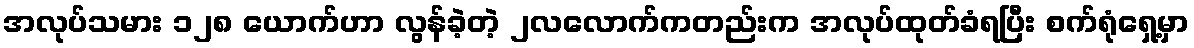
အလုပ်သမား ၁၂၈ ယောက်ဟာ လွန်ခဲ့တဲ့ ၂လလောက်ကတည်းက အလုပ်ထုတ်ခံရပြီး စက်ရုံရှေ့မှာ